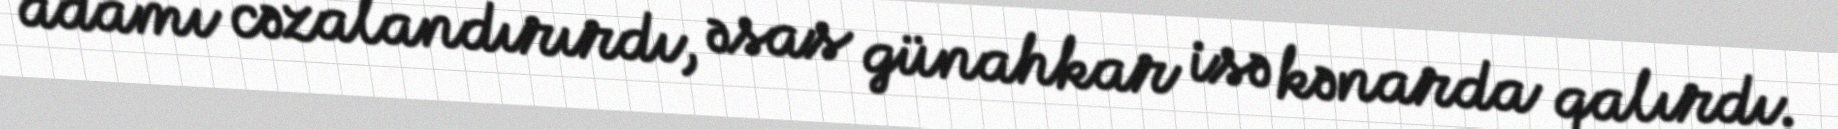
adamı cəzalandırırdı, əsas günahkar isə kənarda qalırdı.